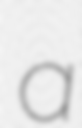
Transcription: a